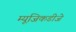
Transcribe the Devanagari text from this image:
म्यूजिकडीजे